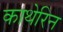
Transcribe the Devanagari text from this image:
काथेरिन